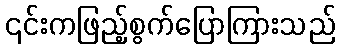
၎င်းကဖြည့်စွက်ပြောကြားသည်